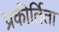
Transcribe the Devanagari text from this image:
प्रकीर्तिता